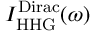
I _ { \mathrm { H H G } } ^ { \mathrm { D i r a c } } ( \omega )